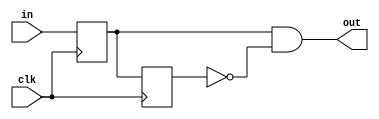
module sedg(
    input clk, in,
    output out
    );
    reg out1, out2;
    
    always@(posedge clk)
    begin
        out1 <= in;
        out2 <= out1;
    end
    
    assign out = out1 && ~out2;
    
endmodule